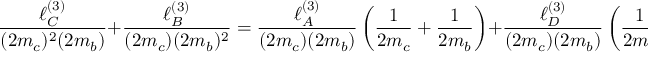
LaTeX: \frac { \ell _ { C } ^ { ( 3 ) } } { ( 2 m _ { c } ) ^ { 2 } ( 2 m _ { b } ) } + \frac { \ell _ { B } ^ { ( 3 ) } } { ( 2 m _ { c } ) ( 2 m _ { b } ) ^ { 2 } } = \frac { \ell _ { A } ^ { ( 3 ) } } { ( 2 m _ { c } ) ( 2 m _ { b } ) } \left( \frac { 1 } { 2 m _ { c } } + \frac { 1 } { 2 m _ { b } } \right) + \frac { \ell _ { D } ^ { ( 3 ) } } { ( 2 m _ { c } ) ( 2 m _ { b } ) } \left( \frac { 1 } { 2 m _ { c } } - \frac { 1 } { 2 m _ { b } } \right) ,